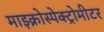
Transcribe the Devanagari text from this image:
माइक्रोस्पेक्ट्रोमीटर